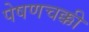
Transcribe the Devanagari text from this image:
पेषणचक्की